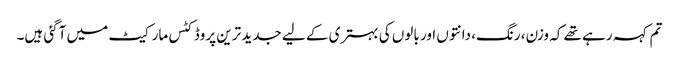
تم کہہ رہے تھے کہ وزن، رنگ، دانتوں اور بالوں کی بہتری کے لیے جدید ترین پروڈکٹس مارکیٹ میں آگئی ہیں۔